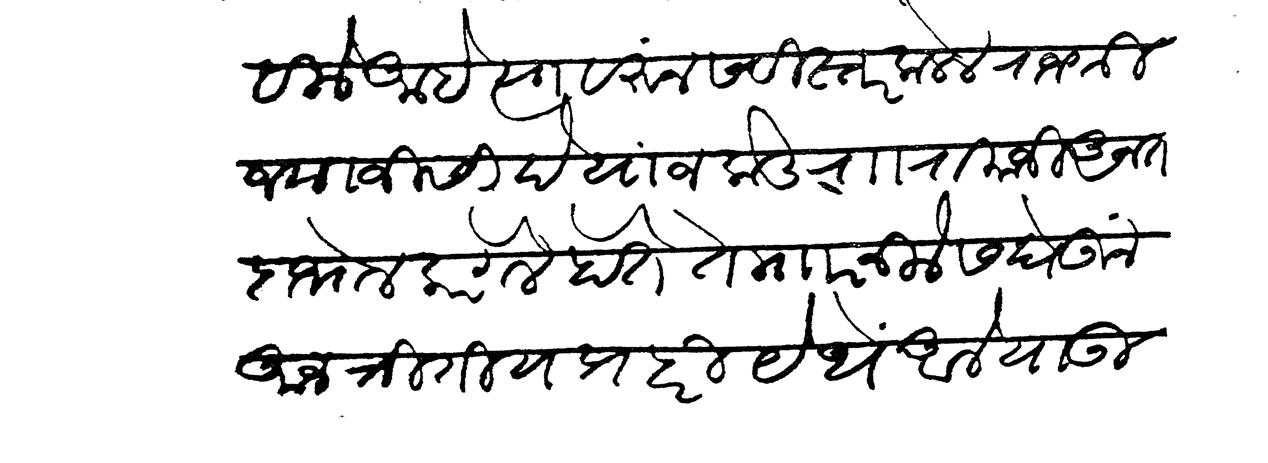
Transliteration (Devanagari): विलें आहे त्यावरून सविस्तर कळेल राजश्री जयाजी शिंदे यांजकडे राा रामाजी अनंत दाभोळकर गेले होते ते मारनिलेस घेऊन आज त्रीतीय प्रहरीं येथे आले याउ